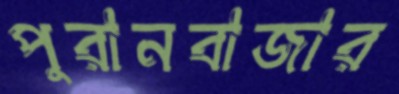
পুরানবাজার